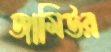
জামিউর